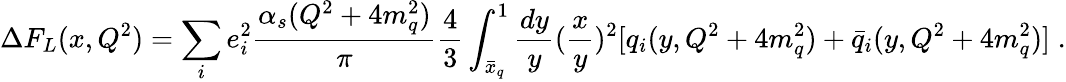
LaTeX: \Delta F_{L}(x,Q^{2})=\sum_{i}e_{i}^{2}\frac{\alpha_{s}(Q^{2}+4m_{q}^{2})}{\pi}\frac{4}{3}\int_{\bar{x}_{q}}^{1}\frac{dy}{y}(\frac{x}{y})^{2}[q_{i}(y,Q^{2}+4m_{q}^{2})+\bar{q}_{i}(y,Q^{2}+4m_{q}^{2})]\; .